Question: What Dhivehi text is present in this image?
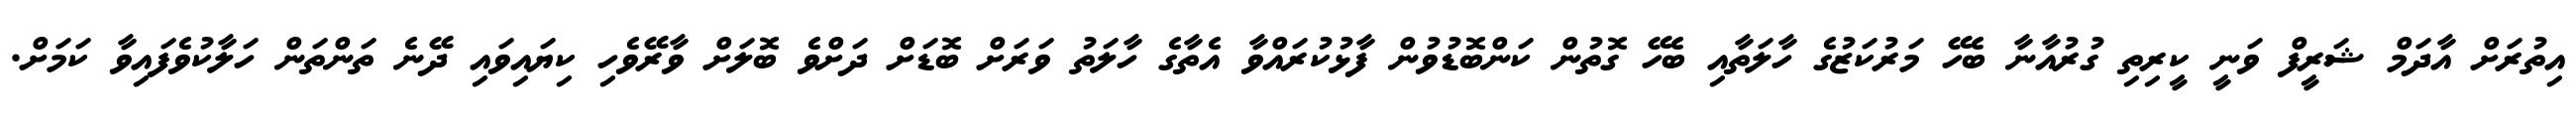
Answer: އިތުރަށް އާދަމް ޝަރީފް ވަނީ ކީރިތި ގުރުއާނާ ބެހޭ މަރުކަޒުގެ ހާލަތާއި ބެހޭ ގޮތުން ކަންބޮޑުވުން ފާޅުކުރައްވާ އެތާގެ ހާލަތު ވަރަށް ބޮޑަށް ދަށްވެ ބޮލަށް ވާރޭވެހި ކިޔައިވައި ދޭނެ ތަންތަން ހަލާކުވެފައިވާ ކަމަށް.